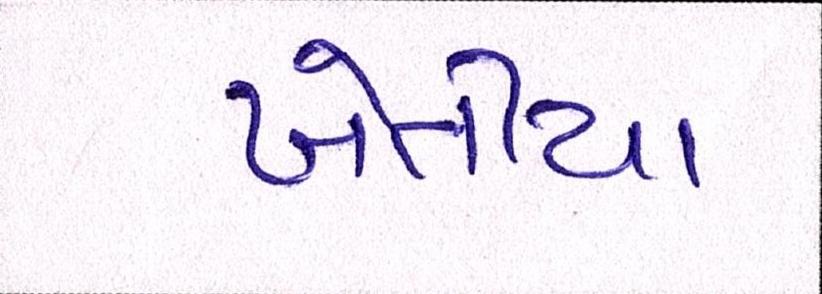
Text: ખેતીયા